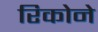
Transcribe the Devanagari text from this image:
रिकोने